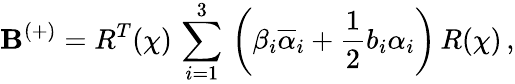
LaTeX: \mathbf{B}^{(+)}=R^{T}(\chi)\, \sum_{i=1}^{3}\, \left(\beta_{i}\overline{{{{\alpha}}}}_{i}+\frac{{1}}{{2}}b_{i}\alpha_{i}\right)\, R(\chi)\, ,